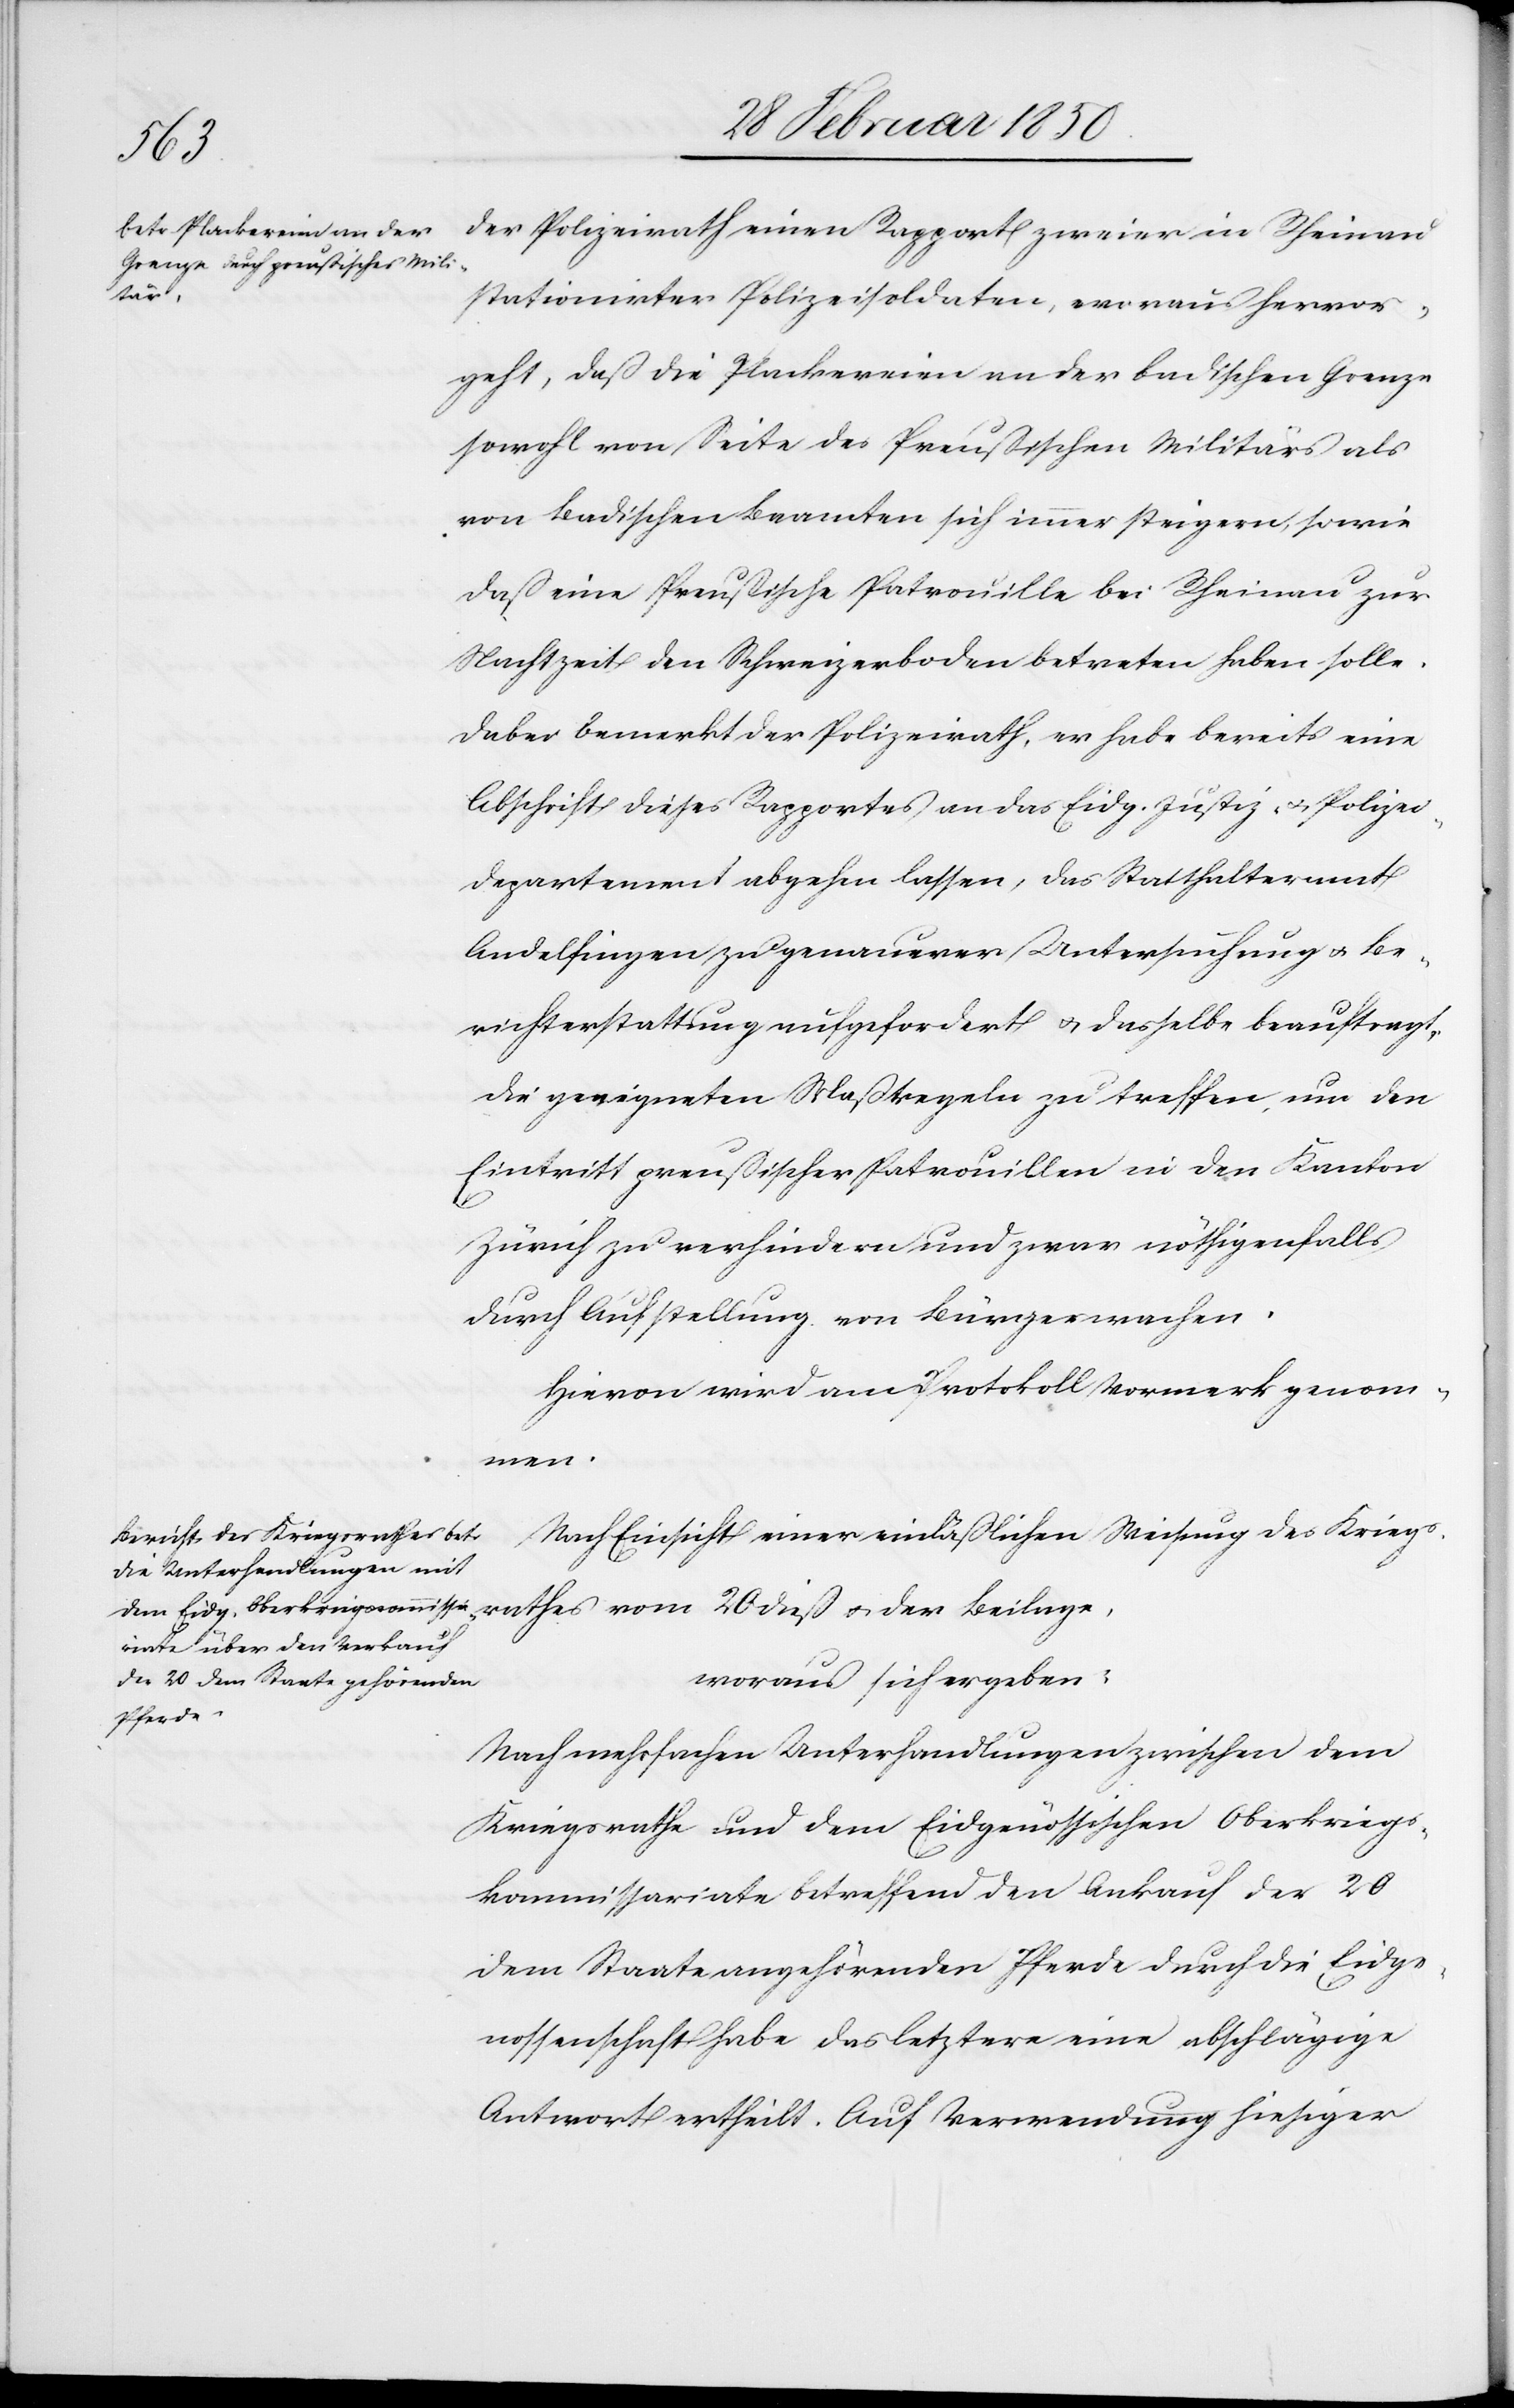
der Polizeirath einen Rapport zweier in Rheinau
stationirter Polizeisoldaten, woraus hervor¬
geht, daß die Plackereien an der badischen Grenze
sowohl von Seite des Preußischen Militärs als
von Badischen Beamten sich immer steigern, sowie
daß eine Preußische Patrouille bei Rheinau zur
Nachtzeit den Schweizerboden betreten haben solle.
Dabei bemerkt der Polizeirath, er habe bereits eine
Abschrift dieses Rapportes an das Eidg. Justiz- u. Polizei¬
departement abgehen lassen, das Statthalteramt
Andelfingen zu genauerer Untersuchung u. Be¬
richterstattung aufgefordert u. dasselbe beauftragt,
die geeigneten Maßregeln zu treffen, um den
Eintritt preußischer Patrouillen in den Kanton
Zürich zu verhindern und zwar nöthigenfalls
durch Aufstellung von Bürgerwachen.
Hievon wird am Protokoll Vormerk genom¬
men.
Nach Einsicht einer einläßlichen Weisung des Kriegs¬
rathes vom 20 dieß u. der Beilage,
woraus sich ergeben
Nach mehrfachen Unterhandlungen zwischen dem
Kriegsrathe und dem Eidgenössischen Oberkriegs¬
kommissariate betreffend den Ankauf der 20
dem Staate angehörenden Pferde durch die Eidge¬
nossenschaft habe das letztere eine abschlägige
Antwort ertheilt. Auf Verwendung hiesiger